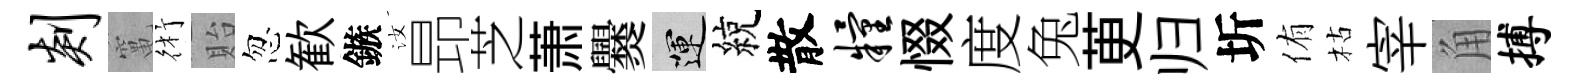
剡𥧄術貽忽歓鏃汝昻芝萧爨運綂散粮惙度兔茰归圻侑枯宰角搏